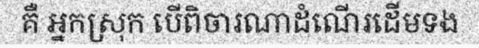
គឺ អ្នកស្រុក បើពិចារណាដំណើរដើមទង